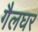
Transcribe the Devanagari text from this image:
गैलघर